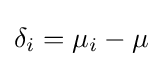
\delta _{i}=\mu _{i}-\mu